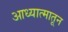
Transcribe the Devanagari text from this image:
आध्यात्मातून